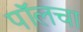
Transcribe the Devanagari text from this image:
पॉलचा